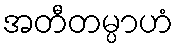
အတီတမ္ပာဟံ